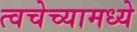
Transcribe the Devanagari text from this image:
त्वचेच्यामध्ये